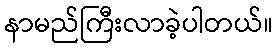
နာမည်ကြီးလာခဲ့ပါတယ်။